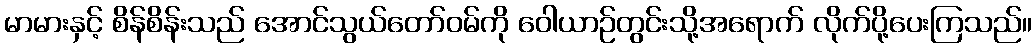
မာမားနှင့် စိန်စိန်းသည် အောင်သွယ်တော်ဝမ်ကို ဝေါယာဉ်တွင်းသို့အရောက် လိုက်ပို့ပေးကြသည်။